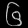
Digit: ၆